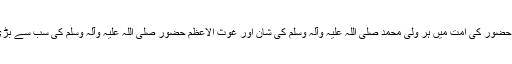
اسی طرح حضور کی امت میں ہر ولی محمد صلی اللہ علیہ وآلہ وسلم کی شان اور غوث الاعظم حضور صلی اللہ علیہ وآلہ وسلم کی سب سے بڑی شان ہیں۔